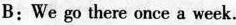
B：We go there once a week.